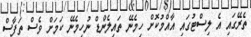
ތެރޭގައި އެ ލިސްޓުގައި އާއްމުކޮށް ހިމެނޭ ތައިލެންޑް ނުހިމެނޭ ކަމަށް ވެސް ތަފާސް